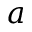
a